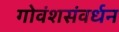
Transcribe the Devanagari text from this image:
गोवंशसंवर्धन